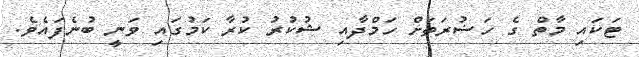
ޓަކައި މާތް ގެ ހަޟުރަތަށް ހަމްދާއި ޝުކުރު ކުރާ ކަމުގައި ވަނީ ބުނެފައެވެ.